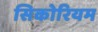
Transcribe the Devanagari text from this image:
सिकोरियम